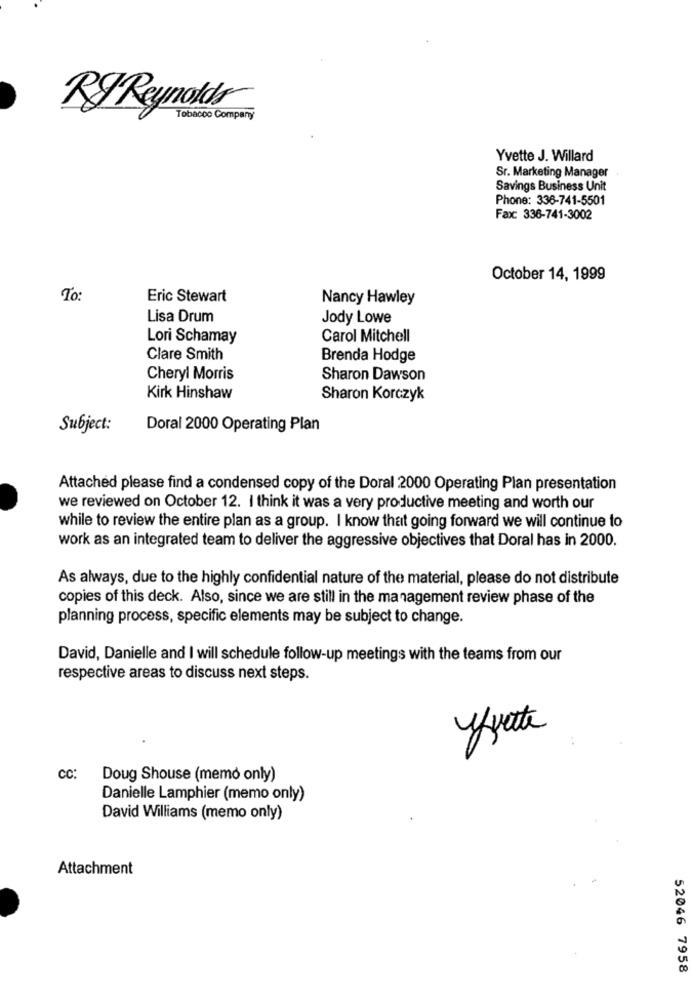
RJ Reynolds
Tobacco Company
Yvette J. Willard
Sr. Marketing Manager
Savings Business Unit
Phone: 336-741-5501
Fax: 336-741-3002
October 14, 1999
To:
Eric Stewart
Nancy Hawley
Lisa Drum
Jody Lowe
Lori Schamay
Carol Mitchell
Clare Smith
Brenda Hodge
Cheryl Morris
Sharon Dawson
Kirk Hinshaw
Sharon Korczyk
Subject:
Doral 2000 Operating Plan
Attached please find a condensed copy of the Doral 2000 Operating Plan presentation
we reviewed on October 12. I think it was a very productive meeting and worth our
while to review the entire plan as a group. I know that going forward we will continue to
work as an integrated team to deliver the aggressive objectives that Doral has in 2000.
As always, due to the highly confidential nature of the material, please do not distribute
copies of this deck. Also, since we are still in the management review phase of the
planning process, specific elements may be subject to change.
David, Danielle and I will schedule follow-up meetings with the teams from our
respective areas to discuss next steps.
yvette
CC:
Doug Shouse (memo only)
Danielle Lamphier (memo only)
David Williams (memo only)
Attachment
52046 7958